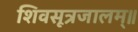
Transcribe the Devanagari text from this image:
शिवसूत्रजालम्॥